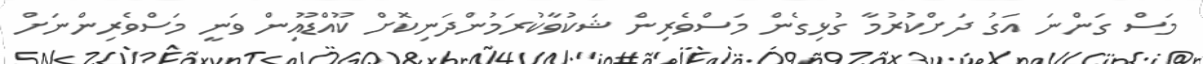
މަސް ގަންނަ އަގު ދަށްކުރުމާ ގުޅިގެން މަސްވެރިން ޝަކުވާކުރަމުންދަނިކޮށް ކޫއްޑޫއިން ވަނީ މަސްވެރިންނަށް